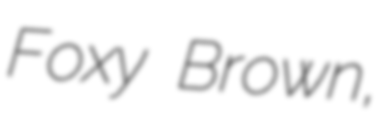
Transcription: Foxy Brown,